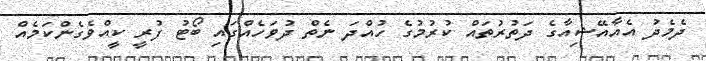
ދެމެދު އެއާއޭޝިއާގެ ދަތުރުތައް ކުރުމުގެ ހުއްދަ ނެތް ދުވަހެއްގައި ބޯޓު ފުރީ ކީއްވެގެންކަމެއް